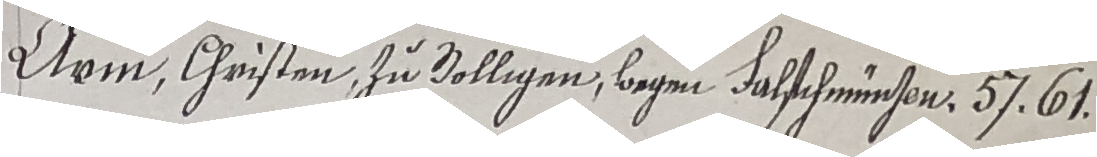
Arm, Christen zu Volligen, soegen Falschmunsen, 5J. 61.